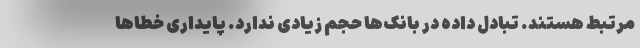
مرتبط هستند. تبادل داده در بانک‌ها حجم زیادی ندارد. پایداری خطاها